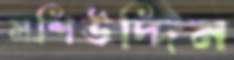
মশিউদ্দিন